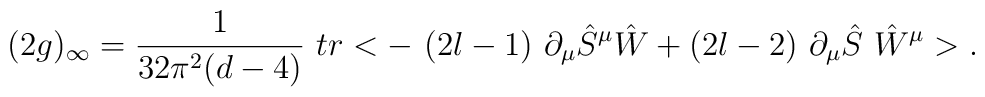
(2g)_\infty = \frac{1}{32\pi^2(d-4)}\ tr <-\ (2l-1)\ \partial_\mu \hat S^\mu \hat W +(2l-2)\ \partial_\mu \hat S\ \hat W^\mu >.